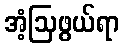
အံ့ဩဖွယ်ရာ